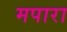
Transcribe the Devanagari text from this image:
मपारा